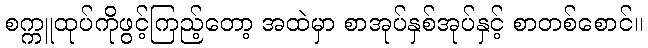
စက္ကူထုပ်ကိုဖွင့်ကြည့်တော့ အထဲမှာ စာအုပ်နှစ်အုပ်နှင့် စာတစ်စောင်။